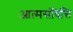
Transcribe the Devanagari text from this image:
आत्मसंवित्ति